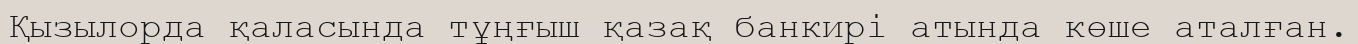
Қызылорда қаласында тұңғыш қазақ банкирі атында көше аталған.